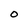
Character: O